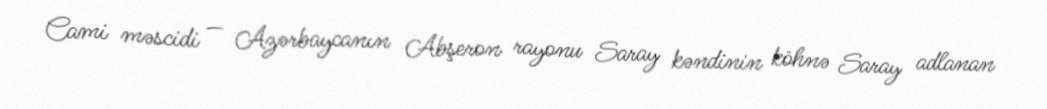
Cami məscidi — Azərbaycanın Abşeron rayonu Saray kəndinin köhnə Saray adlanan